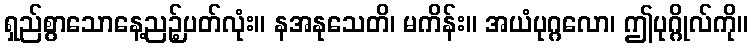
ရှည်စွာသောနေ့ညဉ့်ပတ်လုံး။ နအနုသေတိ၊ မကိန်း။ အယံပုဂ္ဂလော၊ ဤပုဂ္ဂိုလ်ကို။